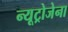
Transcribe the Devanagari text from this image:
न्यूट्रोजेना